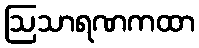
ဩသာရဏကထာ